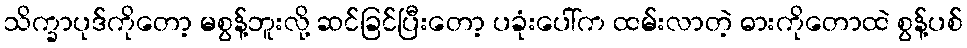
သိက္ခာပုဒ်ကိုတော့ မစွန့်ဘူးလို့ ဆင်ခြင်ပြီးတော့ ပခုံးပေါ်က ထမ်းလာတဲ့ ဓားကိုတောထဲ စွန့်ပစ်